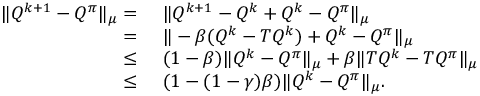
\begin{array} { r l } { \| Q ^ { k + 1 } - Q ^ { \pi } \| _ { \mu } = } & { \ \| Q ^ { k + 1 } - Q ^ { k } + Q ^ { k } - Q ^ { \pi } \| _ { \mu } } \\ { = } & { \ \| - \beta ( Q ^ { k } - T Q ^ { k } ) + Q ^ { k } - Q ^ { \pi } \| _ { \mu } } \\ { \leq } & { \ ( 1 - \beta ) \| Q ^ { k } - Q ^ { \pi } \| _ { \mu } + \beta \| T Q ^ { k } - T Q ^ { \pi } \| _ { \mu } } \\ { \leq } & { \ ( 1 - ( 1 - \gamma ) \beta ) \| Q ^ { k } - Q ^ { \pi } \| _ { \mu } . } \end{array}